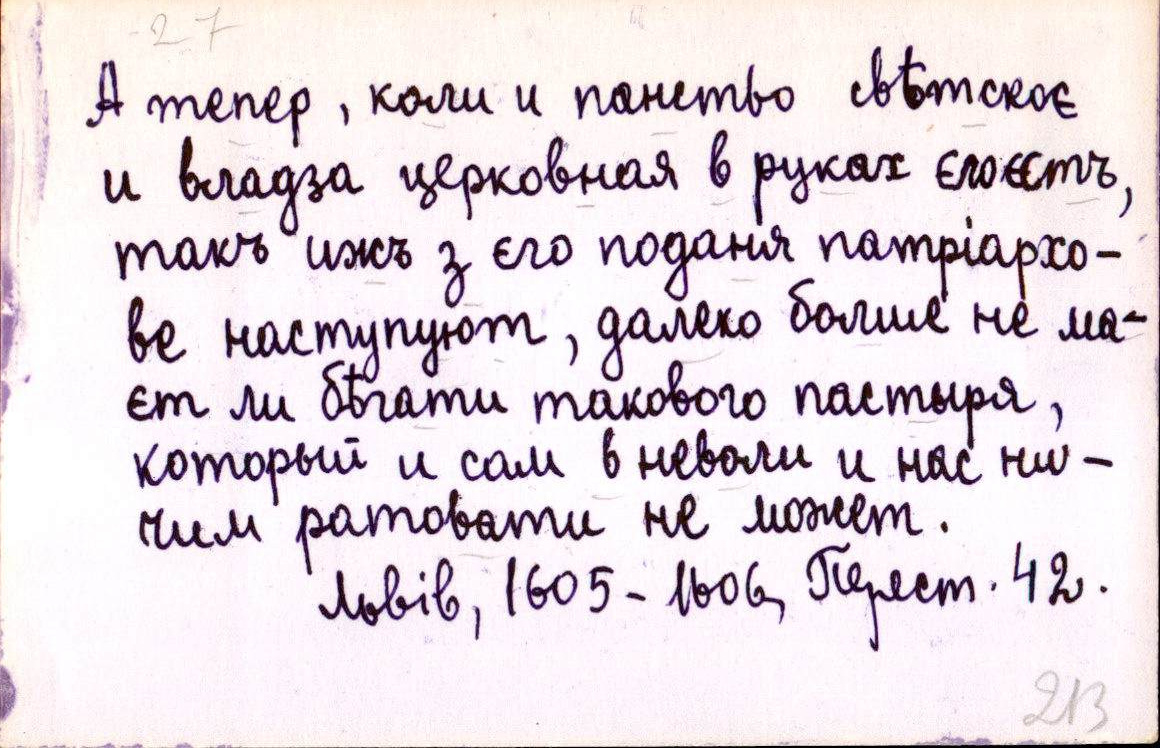
А тепер, коли и панство свѣтскоє
и владза церковная в руках єго єстъ,
такъ ижъ з єго поданя патріархо-
ве наступуют, далеко болше не ма-
єт ли бѣгати такового пастыря,
который и сам в неволи и нас ни-
чим ратовати не может.
Львів, 1605-1606, Перест. 42.